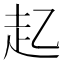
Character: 𮚲